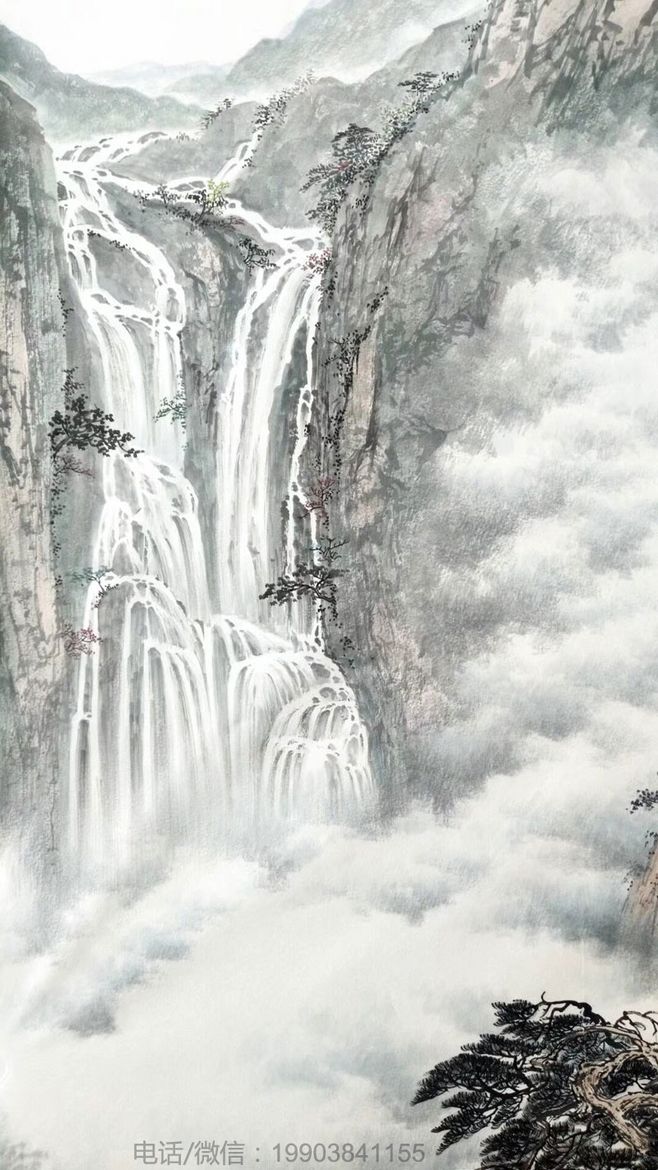
初惊河汉落，半洒云天里。